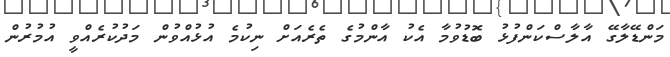
މަންޑޭލާގޭ އާލާސްކަންފުޅު ބޮޑުވުމާ އެކު އާންމުގެ ތެރެއަށް ނިކުމެ އުޅުއްވުން މަދުކުރެއްވީ އުމުރުން